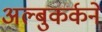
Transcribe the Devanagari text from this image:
अल्बुकर्कने